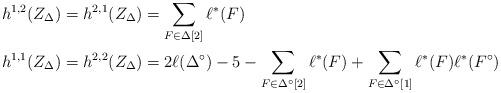
LaTeX: \begin{align*}h^{1,2}(Z_\Delta) = h^{2,1}(Z_{\Delta}) & = \sum_{F \in \Delta[2]} \ell^*(F) \\h^{1,1}(Z_\Delta) = h^{2,2}(Z_\Delta) & = 2\ell(\Delta^\circ) - 5 - \sum_{F \in \Delta^\circ[2]} \ell^*(F) + \sum_{F \in \Delta^\circ[1]} \ell^*(F) \ell^*(F^\circ)\end{align*}